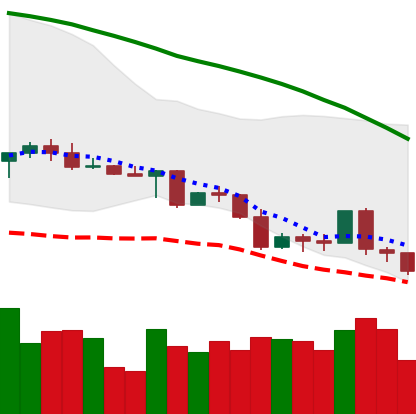
Ticker: LINK-USD
Chart end date: 2022-05-07
Forward return: -35.846%
Label: down_7plus